Statistics compiled by the Government of India from the reports of provincial Civil Veterinary Departments
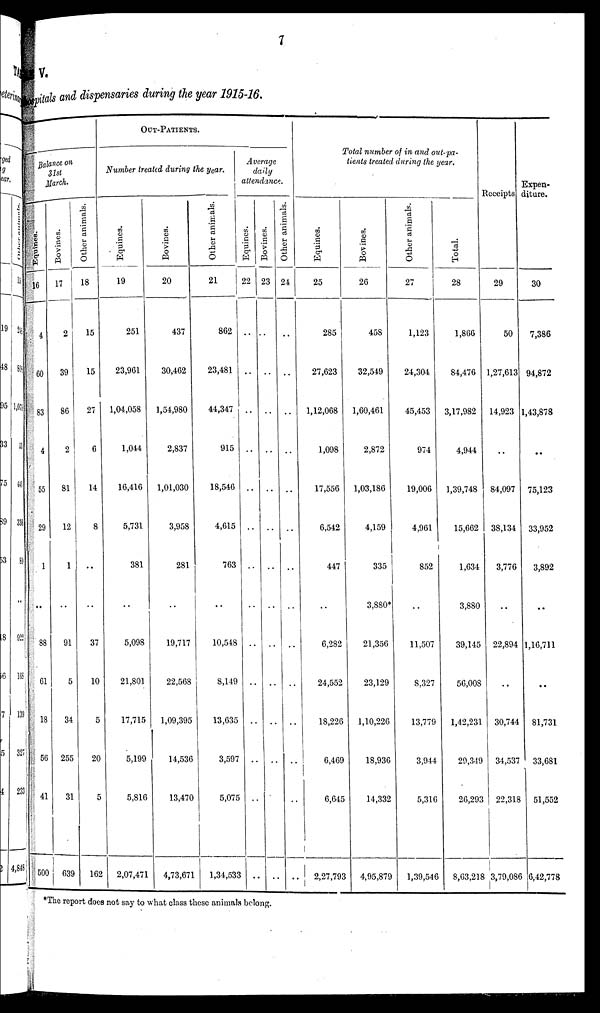
7
V.
Hospitals and dispensaries during the year 1915-16.
Balance on
31st
March.
Equines.
16
4
60
83
4
55
29
1
..
88
61
18
56
41
500
Bovines.
17
2
39
86
2
81
12
1
..
91
5
34
255
31
639
Other animals.
18
15
15
27
6
14
8
..
..
37
10
5
20
5
162
OUT-PATIENT.
Number treated during the year.
Equines.
19
251
23,961
1,04,058
1,044
16,416
5,731
381
..
5,098
21,801
17,715
5,199
5,816
2,07,471
Bovines.
20
437
30,462
1,54,980
2,837
1,01,030
3,958
281
..
19,717
22,568
1,09,395
14,536
13,470
4,73,671
Other animals.
21
862
23,481
44,347
915
18,546
4,615
763
..
10,548
8,149
13,635
3,597
5,075
1,34,533
Average
daily
attendance.
Equines.
22
..
..
..
..
..
..
..
..
..
..
..
..
..
..
Bovines.
23
..
..
..
..
..
..
..
..
..
..
..
..
..
..
Other animals.
24
..
..
..
..
..
..
..
..
..
..
..
..
..
..
Total number of in and out-pa-
tients treated during the year.
Equines.
25
285
27,623
1,12,068
1,098
17,556
6,542
447
..
6,282
24,552
18,226
6,469
6,645
2,27,793
Bovines.
26
458
32,549
1,60,461
2,872
1,03,186
4,159
335
3,880*
21,356
23,129
1,10,226
18,936
14,332
4,95,879
Other animals.
27
1,123
24,304
45,453
974
19,006
4,961
852
..
11,507
8,327
13,779
3,944
5,316
1,39,546
Total.
28
1,866
84,476
3,17,982
4,944
1,39,748
15,662
1,634
3,880
39,145
56,008
1,42,231
29,349
26,293
8,63,218
Receipts
29
50
1,27,613
14,923
..
84,097
38,134
3,776
..
22,894
..
30,744
34,537
22,318
3,79,086
Expen-
diture.
30
7,386
94,872
1,43,878
..
75,123
33,952
3,892
..
1,16,711
..
81,731
33,681
51,552
6,42,778
*The report does not say to what class these animals belong.